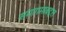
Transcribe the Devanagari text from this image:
समागमाबद्दल